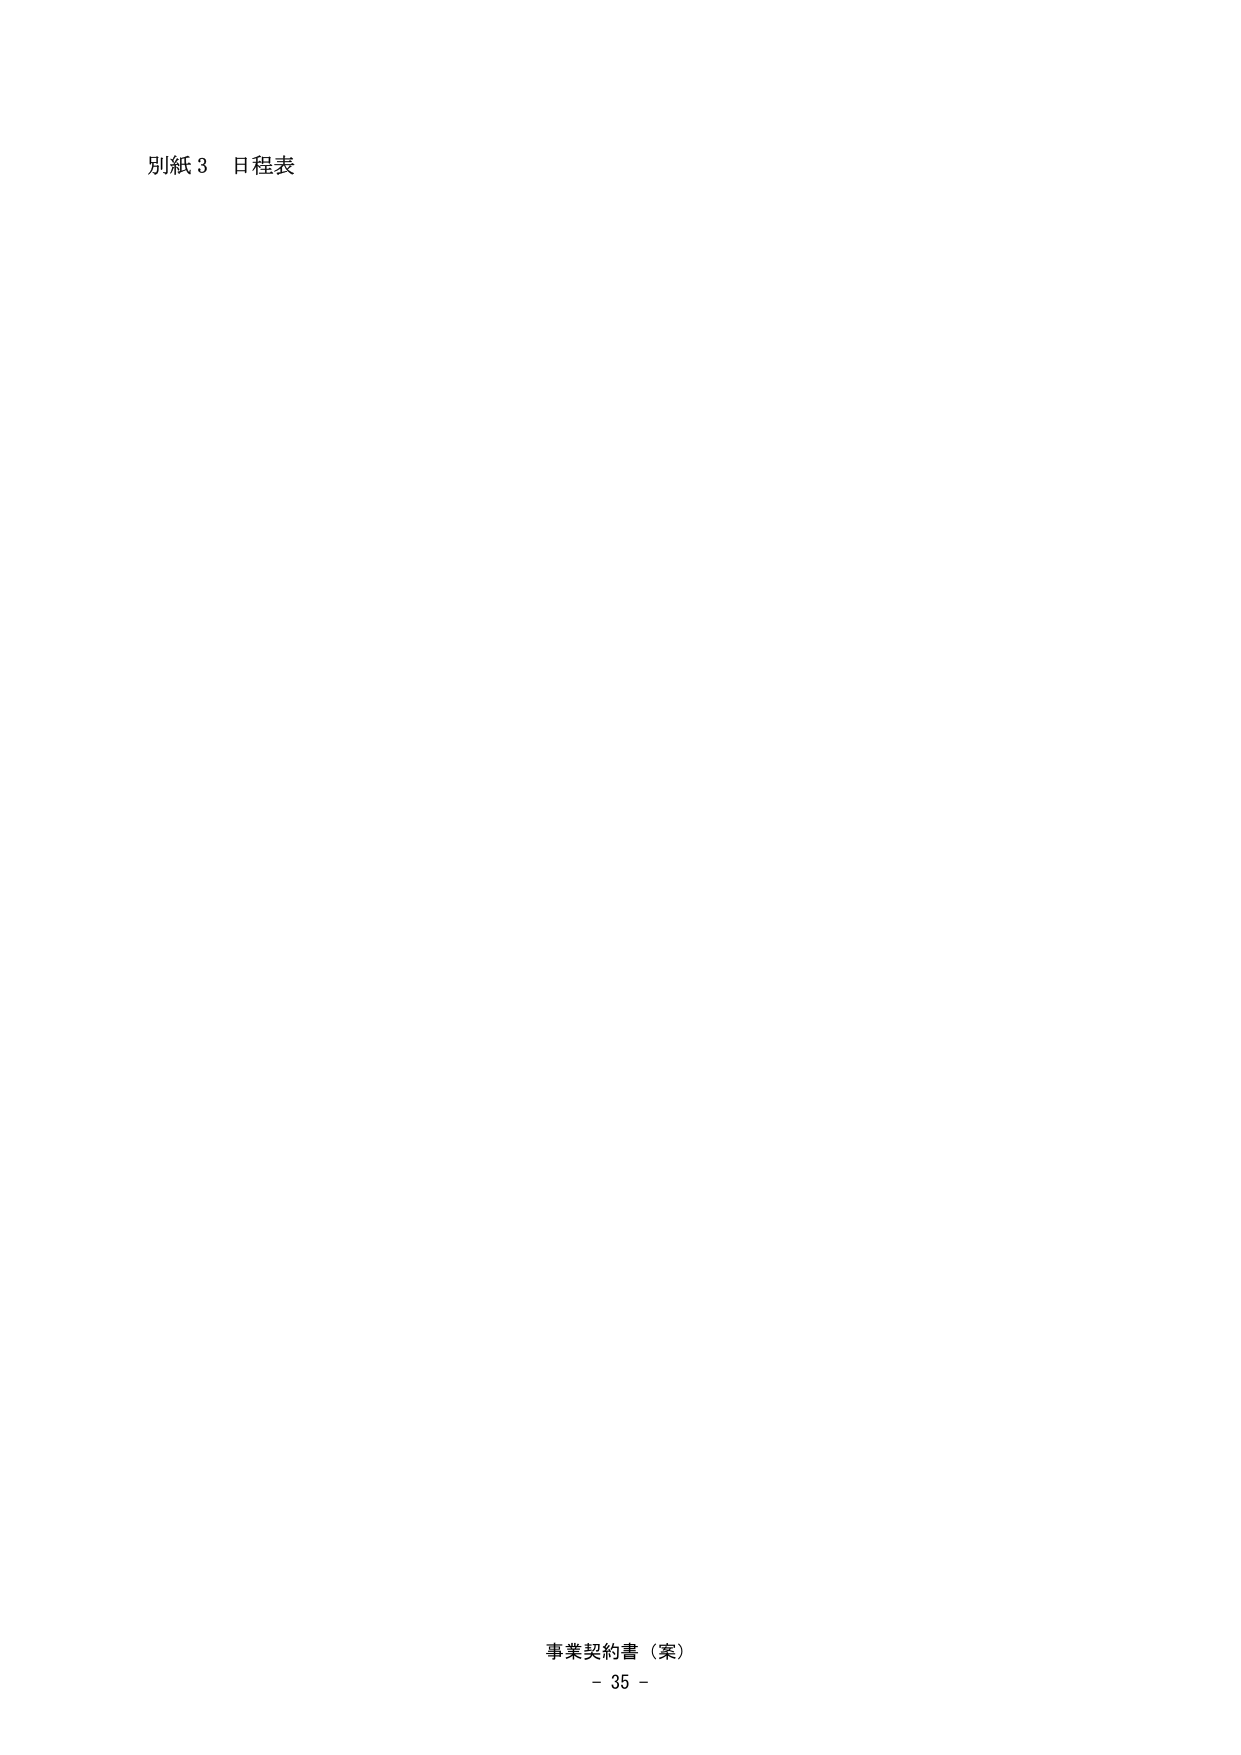
別紙３ 日程表

事業契約書（案）
- 35 -